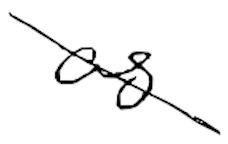
Text: as
Cross-out: diagonal
Writing tool: digital_black